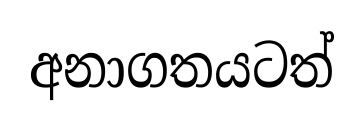
අනාගතයටත්